Calcutta medical institutions reports 1879-81 [i.e.91]
Year: 1879
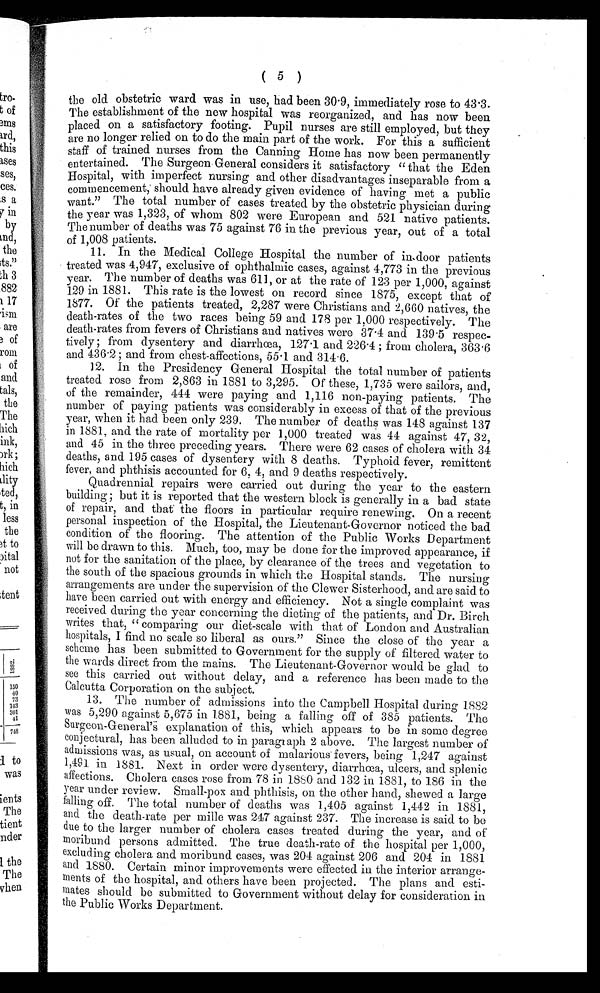
( 5 )
the old obstetric ward was in use, had been 30.9, immediately rose to 43.3.
The establishment of the new hospital was reorganized, and has now been
placed on a satisfactory footing. Pupil nurses are still employed, but they
are no longer relied on to do the main part of the work. For this a sufficient
staff of trained nurses from the Canning Home has now been permanently
entertained. The Surgeon General considers it satisfactory " that the Eden
Hospital, with imperfect nursing and other disadvantages inseparable from a
commencement, should have already given evidence of having met a public
want." The total number of cases treated by the obstetric physician during
the year was 1,323, of whom 802 were European and 521 native patients.
The number of deaths was 75 against 76 in the previous year, out of a total
of 1,008 patients.
11. In the Medical College Hospital the number of indoor patients
treated was 4,947, exclusive of ophthalmic cases, against 4,773 in the previous
year. The number of deaths was 611, or at the rate of 123 per 1,000, against
129 in 1881. This rate is the lowest on record since 1875, except that of
1877. Of the patients treated, 2,287 were Christians and 2,660 natives, the
death-rates of the two races being 59 and 178 per 1,000 respectively. The
death-rates from fevers of Christians and natives were 37.4 and 139.5
r e s p e c - t i v e l y ; f r o m d y s e n t e r y a n d d i a r r h œ a , 1 2 7 . 1 a n d 2 2 6 . 4 f r o m c h o l e r a , 3 6 3 . 6
and 436.2 and from chest-affections, 55.1 and 314.6.
12. In the Presidency General Hospital the total number of patients
treated rose from 2,863 in 1881 to 3,295. Of these, 1,735 were sailors, and,
of the remainder, 444 were paying and 1,116 non-paying patients. The
number of paying patients was considerably in excess of that of the previous
year, when it had been only 239. The number of deaths was 148 against 137
in 1881, and the rate of mortality per 1,000 treated was 44 against 47, 32,
and 45 in the three preceding years. There were 62 cases of cholera with 34
deaths, and 195 cases of dysentery with 8 deaths. Typhoid fever, remittent
fever, and phthisis accounted for 6, 4, and 9 deaths respectively.
Quadrennial repairs were carried out during the year to the eastern
b u i l d i n g ; b u t i t i s r e p o r t e d t h a t t h e w e s t e r n b l o c k i s g e n e r a l l y i n a b a d s t a t e
of repair, and that the floors in particular require renewing. On a recent
personal inspection of the Hospital, the Lieutenant-Governor noticed the bad
condition of the flooring. The attention of the Public Works Department
will be drawn to this. Much, too, may be done for the improved appearance, if
not for the sanitation of the place, by clearance of the trees and vegetation to
the south of the spacious grounds in which the Hospital stands. The nursing
arrangements are under the supervision of the Clewer Sisterhood, and are said to
have been carried out with energy and efficiency. Not a single complaint was
received during the year concerning the dieting of the patients, and Dr. Birch
writes that, "comparing our diet-scale with that of London and Australian
hospitals, I find no scale so liberal as ours." Since the close of the year a
scheme has been submitted to Government for the supply of filtered water to
the wards direct from the mains. The Lieutenant-Governor would be glad to
see this carried out without delay, and a reference has been made to the
Calcutta Corporation on the subject.
13. The number of admissions into the Campbell Hospital during 1882
was 5,290 against 5,675 in 1881, being a falling off of 385 patients. The
Surgeon-General's explanation of this, which appears to be in some degree
conjectural, has been alluded to in paragraph 2 above. The largest number of
admissions was, as usual, on account of malarious fevers, being 1,247 against
1,491 in 1881. Next in order were dysentery, diarrhœa, ulcers, and splenic
affections. Cholera cases rose from 78 in 1880 and 132 in 1881, to 186 in the
year under review. Small-pox and phthisis, on the other hand, shewed a large
falling off. The total number of deaths was 1,405 against 1,442 in 1881,
and the death-rate per mille was 247 against 237. The increase is said to be
due to the larger number of cholera cases treated during the year, and of
moribund persons admitted. The true death-rate of the hospital per 1,000,
excluding cholera and moribund cases, was 204 against 206 and 204 in 1881
and 1880. Certain minor improvements were effected in the interior arrange-
ments of the hospital, and others have been projected. The plans and esti-
mates should be submitted to Government without delay for consideration in
the Public Works Department.